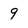
Character: 9